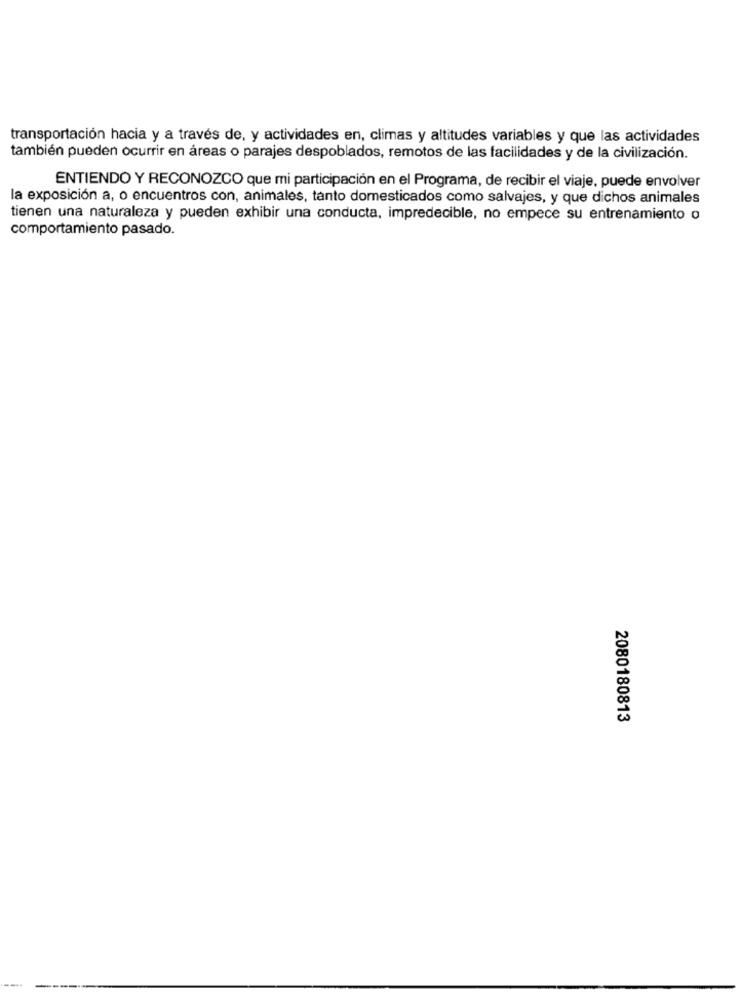
transportación hacia y a través de, y actividades en, climas y altitudes variables y que las actividades
también pueden ocurrir en áreas o parajes despoblados, remotos de las facilidades y de la civilización.
ENTIENDO Y RECONOZCO que mi participación en el Programa, de recibir el viaje, puede envolver
la exposición a, o encuentros con, animales, tanto domesticados como salvajes, y que dichos animales
tienen una naturaleza y pueden exhibir una conducta, impredecible, no empece su entrenamiento o
comportamiento pasado.
2080180813